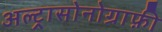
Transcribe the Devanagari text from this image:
अल्ट्रासोनोग्राफ़ी